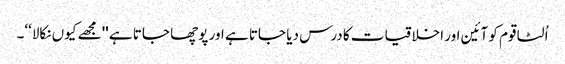
اُلٹا قوم کو آئین اور اخلاقیات کا درس دیا جاتا ہے اور پوچھا جاتا ہے ''مجھے کیوں نکالا‘‘۔